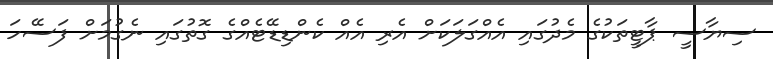
ސިޔާސީ ޕާޓީތަކުގެ މެދުގައި އެއްގަލަކަށް އެރި އެއް ކެންޑިޑޭޓެއްގެ ގޮތުގައި ނެގުމަށް ފަސޭހަ